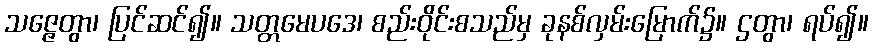
သဇ္ဇေတွာ၊ ပြင်ဆင်၍။ သတ္တမေပဒေ၊ စည်းဝိုင်းစသည်မှ ခုနစ်လှမ်းမြောက်၌။ ဌတွာ၊ ရပ်၍။